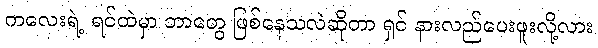
ကလေးရဲ့ ရင်ထဲမှာ ဘာတွေ ဖြစ်နေသလဲဆိုတာ ရှင် နားလည်ပေးဖူးလို့လား